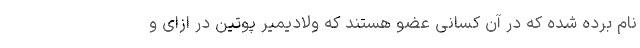
نام برده شده که در آن کسانی عضو هستند که ولادیمیر پوتین در ازای و